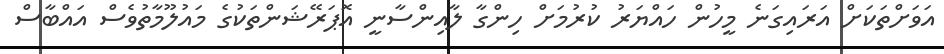
އަވަށްތަކަށް އަރައިގަނެ މީހުން ހައްޔަރު ކުރުމަށް ހިންގާ ލާއިންސާނީ އޮޕަރޭޝަންތަކުގެ މައުލޫމާތުވެސް އައްބާސް